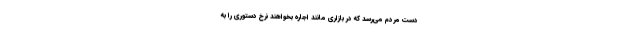
دست مردم می‌رسد که در بازاری مانند اجاره بخواهند نرخ دستوری را به